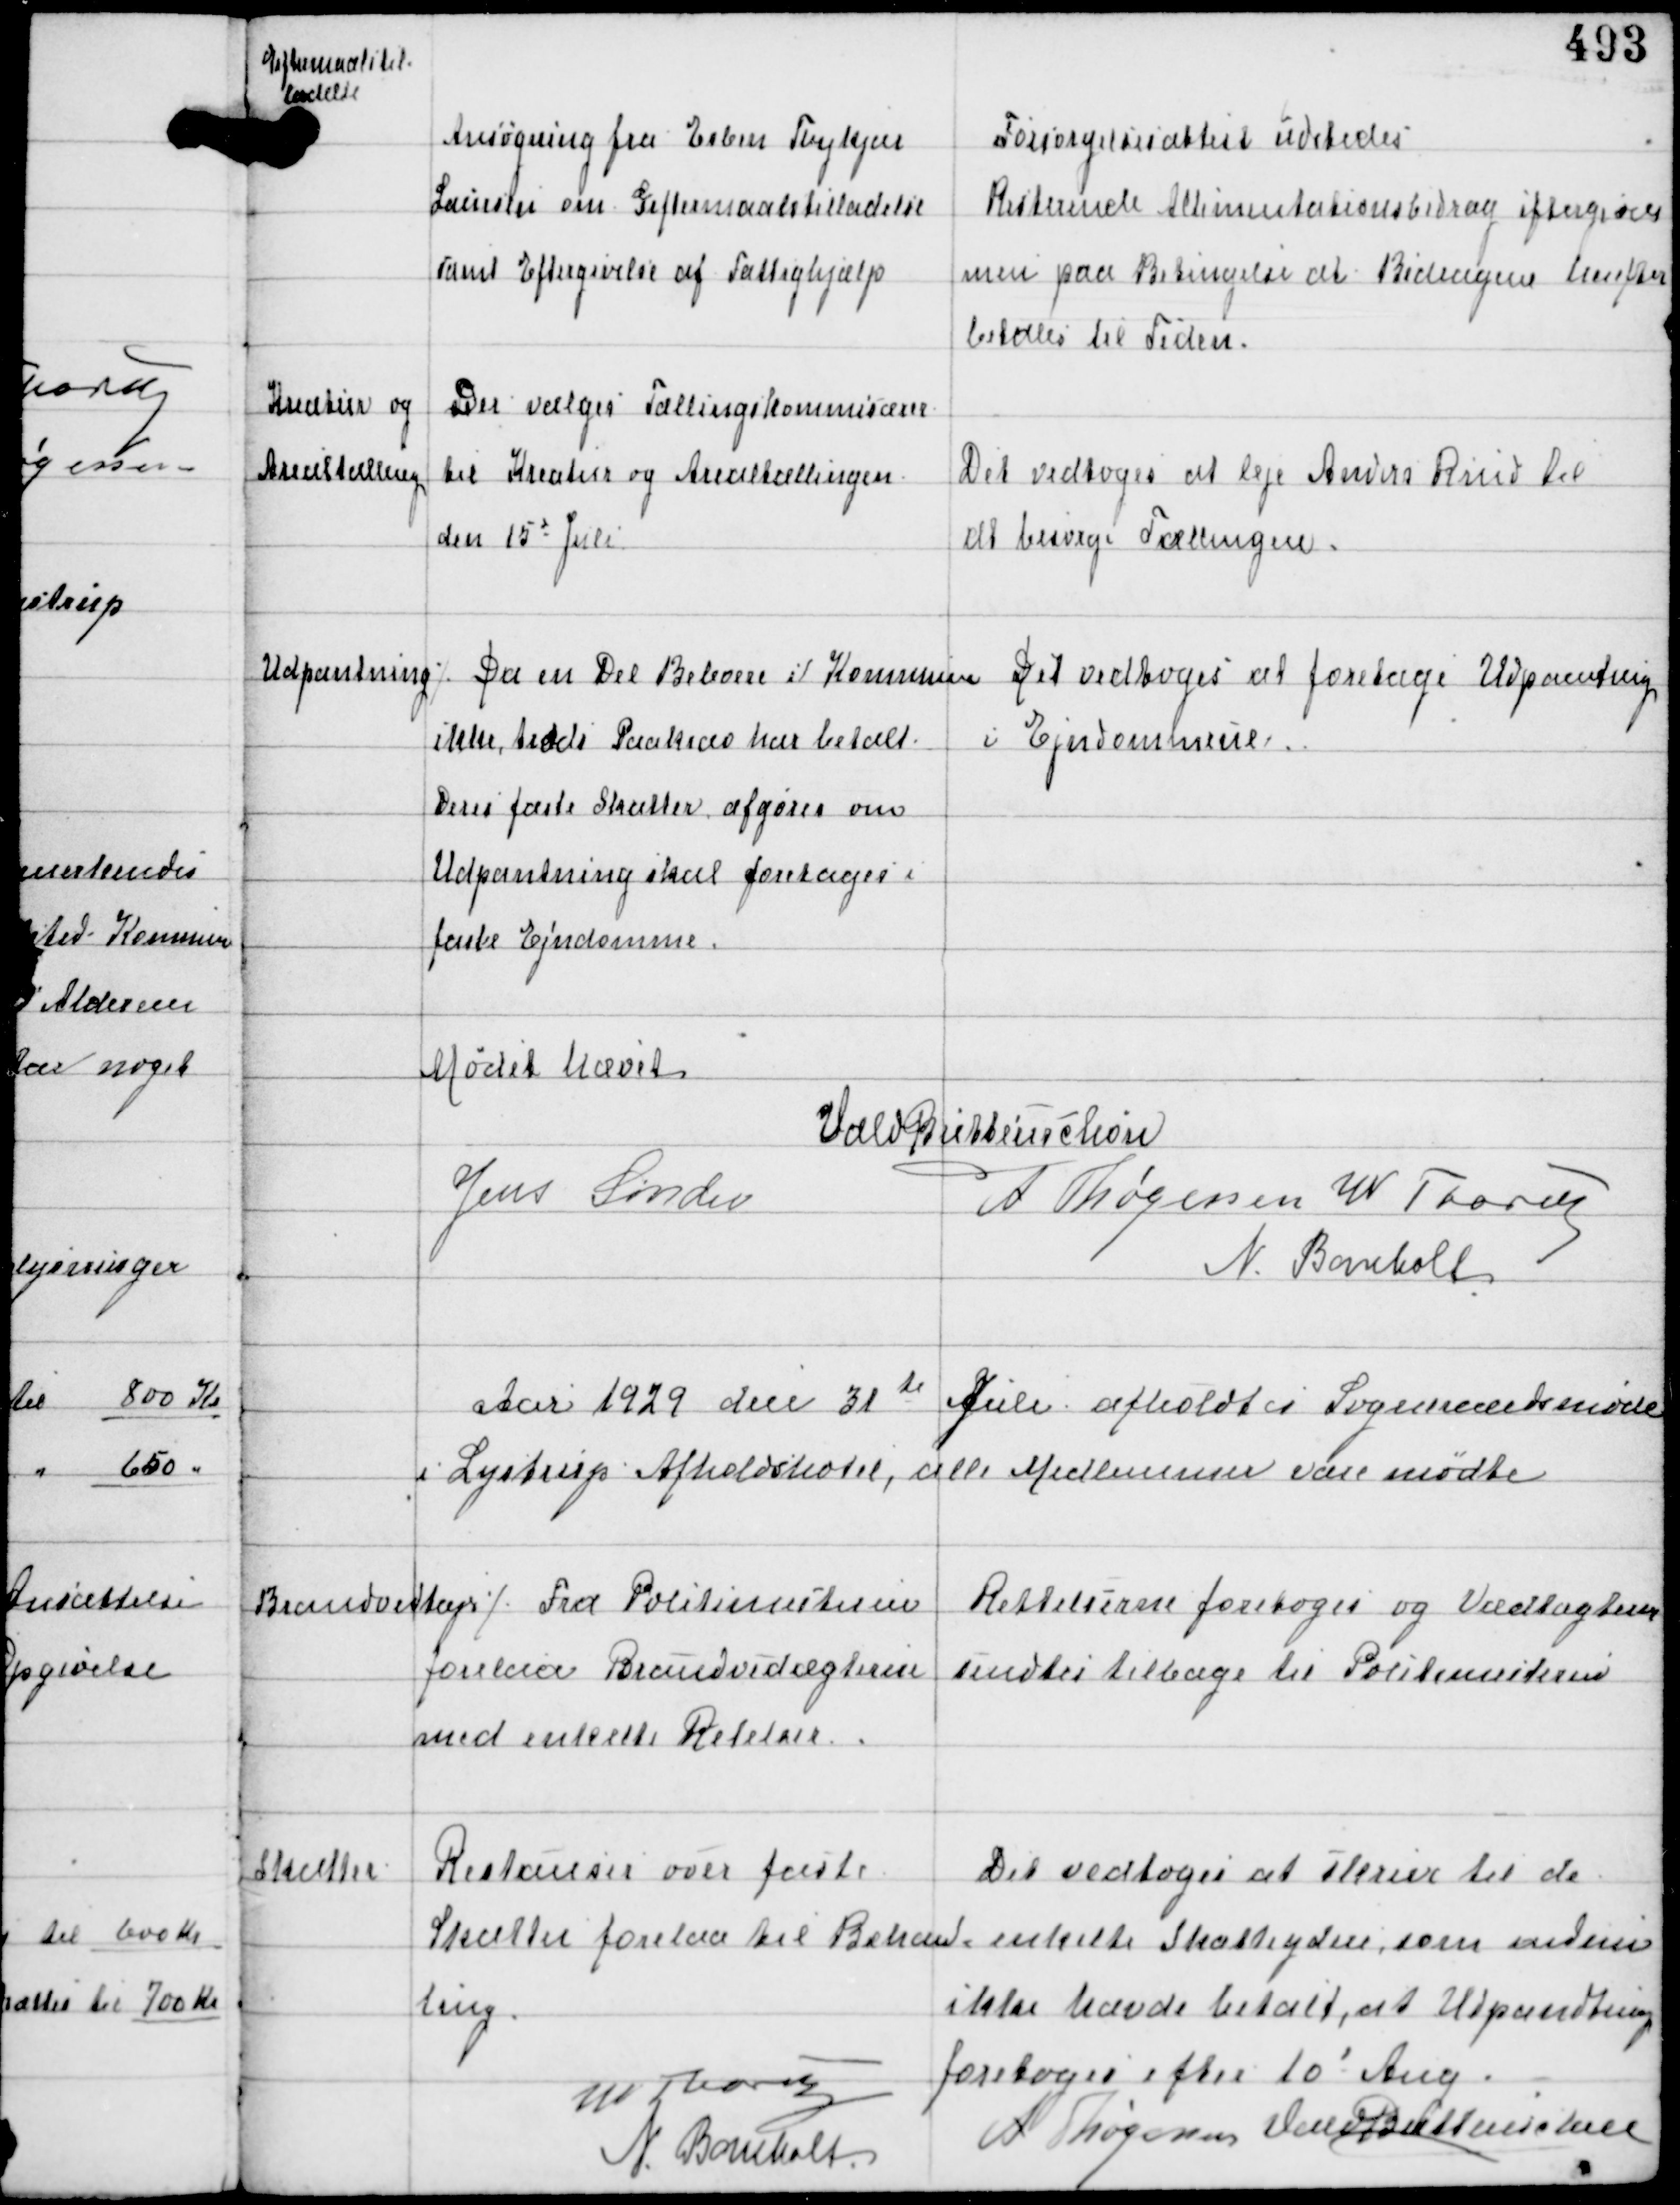
Transskription:
Giftermaalstil-
ladelse

Ansøgning fra Esben Thykjær
Laursen om Giftermaalstilladelse
samt Eftergivelse af Fattighjælp

Forsørgelsesattest udstedes
Resterende Alimentationsbidrag eftergives
men paa Betingelse at Bidragene herefter
betales til Tiden.

Kreatur og
Arealtælling

Der vælges Tællingskommisærer
til Kreatur og Arealtællingen
den 15d Juli

Det vedtoges at leje Anders Rind til
at besørge Tællingen.

Udpantning ⁒

Da en Del Beboere i Kommunen
ikke trods Paakrav har betalt
Deres faste Skatter afgøres om
Udpantning skal foretages i
faste Ejendomme.

Det vedtoges at foretage Udpantning
i Ejendommene.

Mødet hævet
Vald Buttenschøn
Jens Sønder
A Thøgersen W Thorup
N Bomholt

Aar 1929 den 31te Juli afholdtes Sogneraadsmøde
i Lystrup Afholdshotel, alle Medlemmer vare mødte

Brandvedtæg ⁒ Fra Politimesteren
forelaa Brandvedtægterne
med enkelte Retelser

Rettelserne foretoges og Vædtægterne
sendtes tilbage til Politimesteren

Skatter

Restancer over faste
Skatter forelaa til Behand-
ling

Det vedtoges at skrive til de
enkelte Skatteydere, som endnu
ikke havde betalt, at Udpantning
foretoges efter 10d Aug

W Thorup
N Bomholt

A Thøgersen Vald Buttenschøn